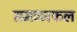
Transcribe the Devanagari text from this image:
समञ्ञफल